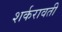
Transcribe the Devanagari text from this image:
शर्करावती